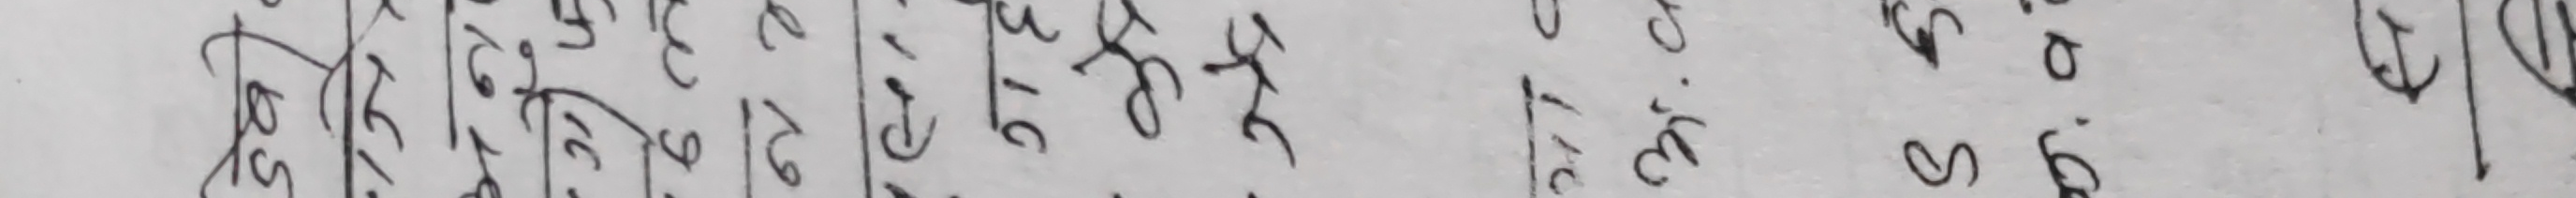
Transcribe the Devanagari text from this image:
सकेकिछौ ।